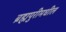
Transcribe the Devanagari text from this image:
ब्रह्मपुरीमधील